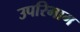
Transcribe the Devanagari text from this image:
उपरिभाग